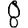
Digit: 8